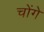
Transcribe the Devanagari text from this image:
चोंगे